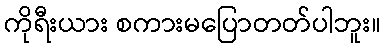
ကိုရီးယား စကားမပြောတတ်ပါဘူး။